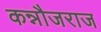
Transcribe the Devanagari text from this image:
कन्नौजराज